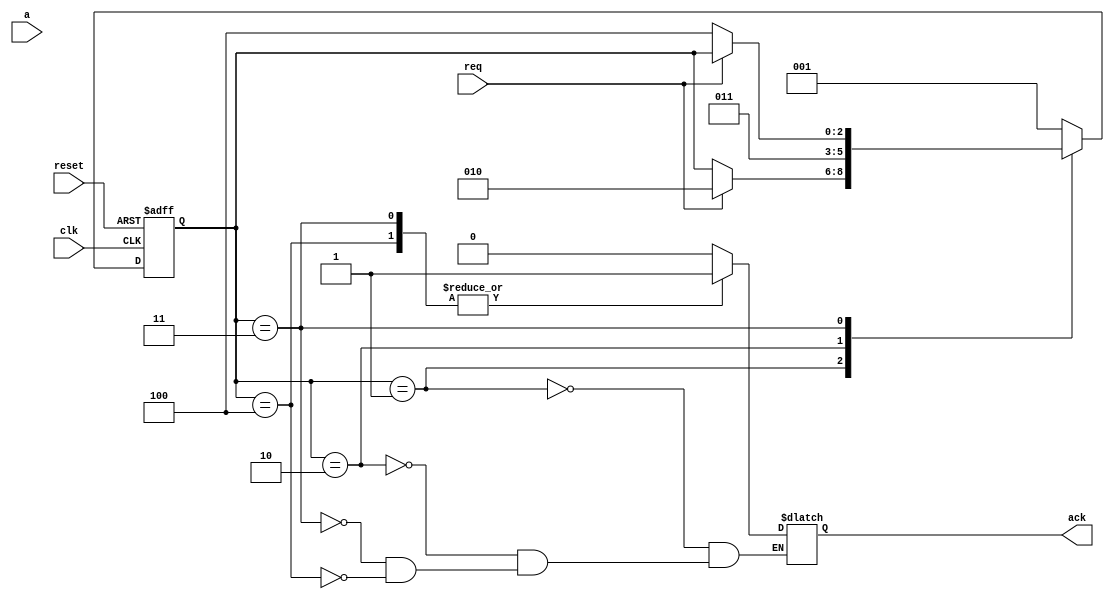
module reader( 
	       input wire 	clk,
	       input wire 	reset,
	       input wire [7:0] a,
	       input wire 	req,
	       output wire 	ack);
   
   localparam S00 = 1, S01 = 2, S11 = 3, S10 = 4;
   
   reg [2:0] 			rstate, rstate_next;
   reg [7:0] 			r, r_next;
   
   always @(posedge clk, posedge reset)
     if (reset)
       begin
	  r <= 8'b0;
	  rstate <= S00;
       end
     else
       begin
	  r <= r_next;
	  rstate <= rstate_next;
       end
   
   reg ackvar;
   
   assign ack = ackvar;
   
   always @(*)
     begin
	rstate_next = rstate;
	
	case (rstate)
	  S00:
	    begin
	       ackvar = 1'b0;	       
	       if (req)
		 rstate_next = S01;
	    end
	  
	  S01:
	    begin
	       ackvar = 1'b0;
	       rstate_next = S11;
	    end
	  
	  S11:
	    begin
	       ackvar = 1'b1;
	       if (req)
		 r_next = a;
	       if (!req)
		 rstate_next = S10;
	    end
	  
	  S10:
	    begin
	       ackvar = 1'b1;
	       rstate_next = S00;
	    end

	  default:
	    rstate_next = S00;
	endcase
	
     end
   
endmodule